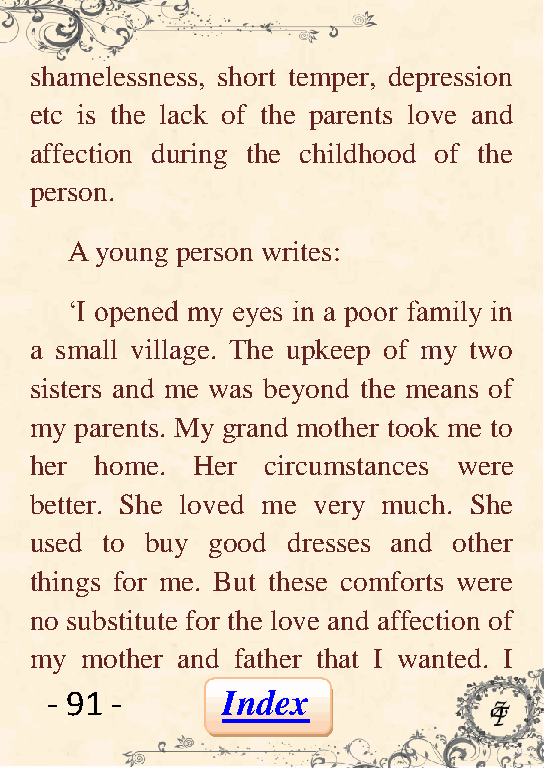
shamelessness, short temper, depression
 etc is the lack of the parents love and
 affection during the childhood of the
 person.
 A young person writes:
 ‘I opened my eyes in a poor family in
 a small village. The upkeep of my two
 sisters and me was beyond the means of
 my parents. My grand mother took me to
 her home.  Her circumstances were
 better. She loved me very much. She
 used to buy good dresses and other
 things for me. But these comforts were
 no substitute for the love and affection of
 my mother and father that I wanted. I
 - 91 -      Index